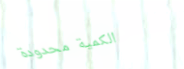
الكمية محدودة